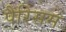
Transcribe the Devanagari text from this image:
पैरिसम